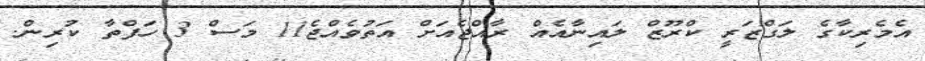
އެމެރިކާގެ ލަގްޒަރީ ކްރޫޒް ލައިނާއެއް ރާއްޖެއަށް އަތުވެއްޖެ11 މަސް 3 ހަފްތާ ކުރިން.